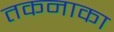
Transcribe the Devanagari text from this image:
तकनाका